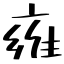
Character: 雍